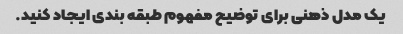
یک مدل ذهنی برای توضیح مفهوم طبقه بندی ایجاد کنید.